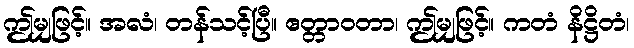
ဤမျှဖြင့်။ အလံ၊ တန်သင့်ပြီ။ ဧတ္တာဝတာ၊ ဤမျှဖြင့်။ ကတံ နိဋ္ဌိတံ၊